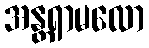
အန္တရာမလော